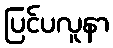
ပြင်ပလူနာ